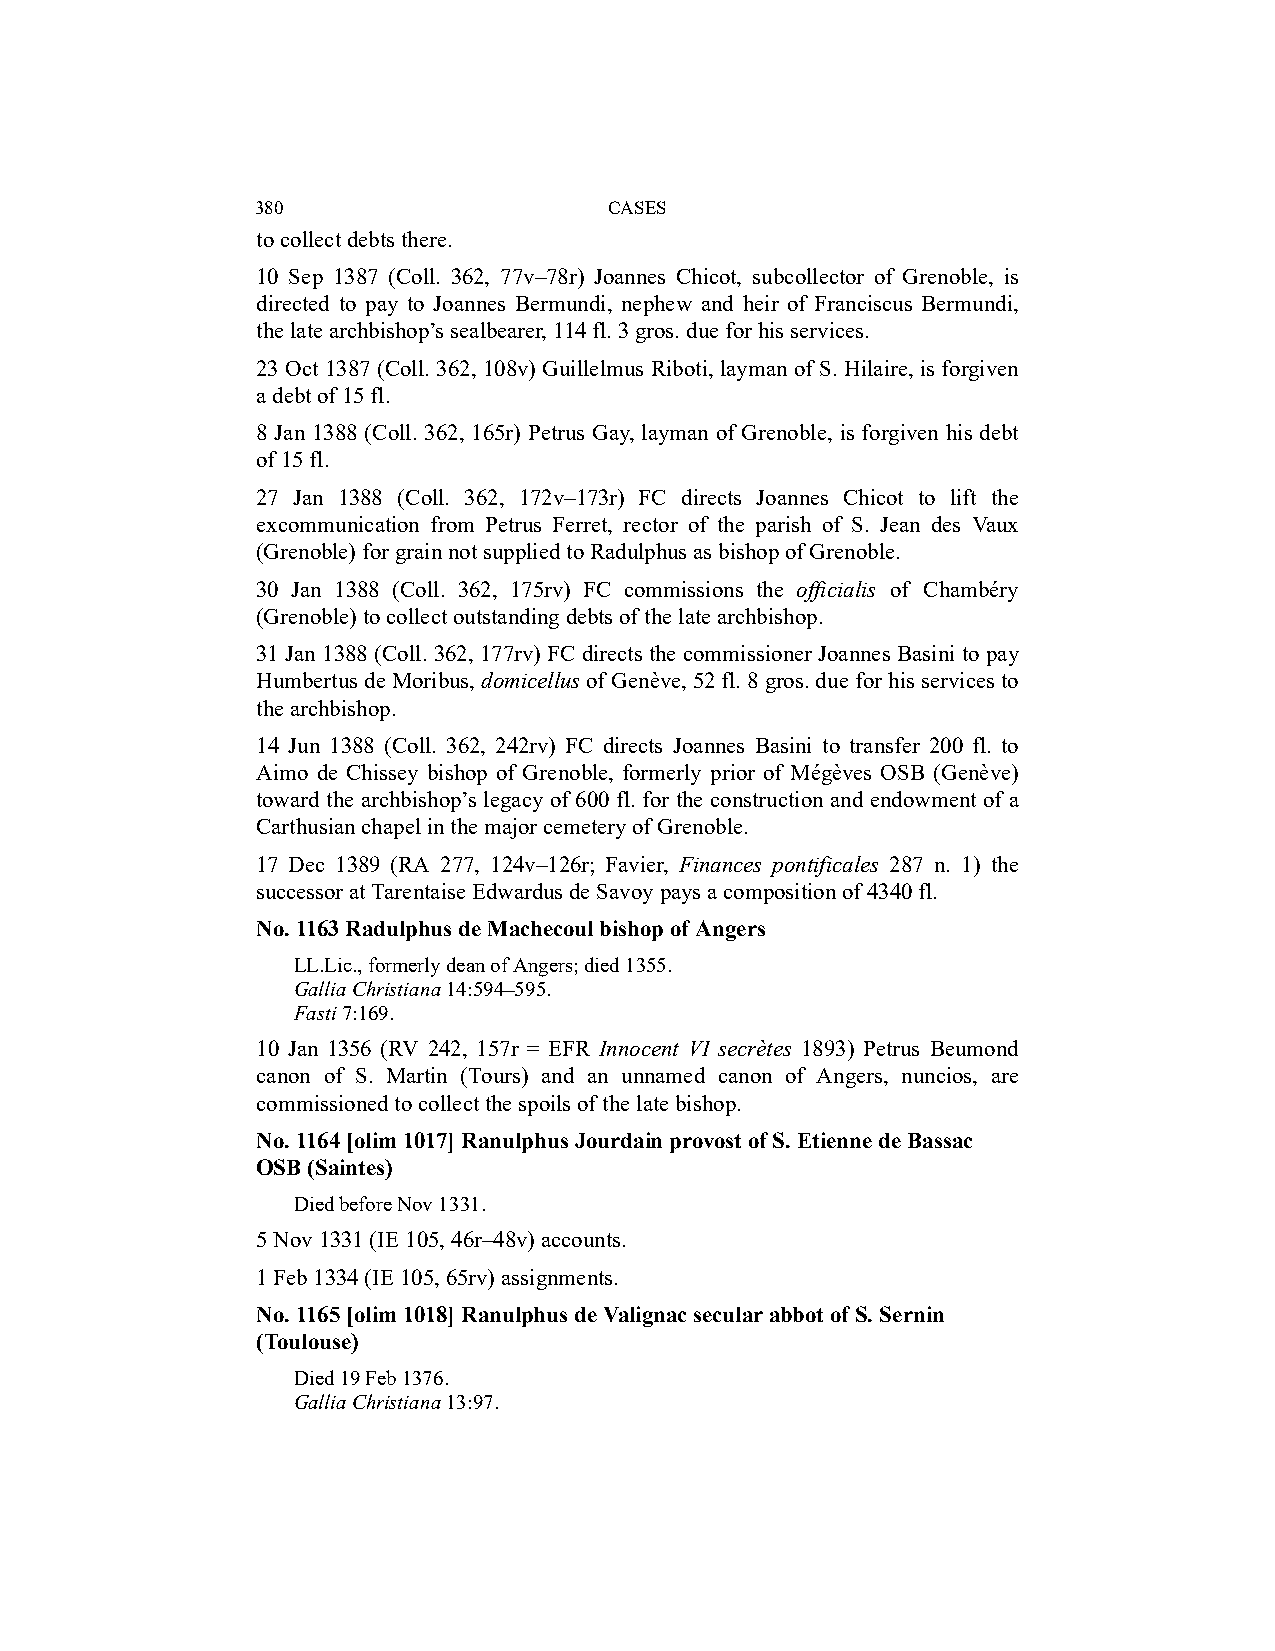
380                    CASES
 to collect debts there.
 10 Sep 1387 (Coll. 362, 77v–78r) Joannes Chicot, subcollector of Grenoble, is
 directed to pay to Joannes Bermundi, nephew and heir of Franciscus Bermundi,
 the late archbishop’s sealbearer, 114 fl. 3 gros. due for his services.
 23 Oct 1387 (Coll. 362, 108v) Guillelmus Riboti, layman of S. Hilaire, is forgiven
 a debt of 15 fl.
 8 Jan 1388 (Coll. 362, 165r) Petrus Gay, layman of Grenoble, is forgiven his debt
 of 15 fl.
 27 Jan 1388 (Coll. 362, 172v–173r) FC directs Joannes Chicot to lift the
 excommunication from Petrus Ferret, rector of the parish of S. Jean des Vaux
 (Grenoble) for grain not supplied to Radulphus as bishop of Grenoble.
 30 Jan 1388 (Coll. 362, 175rv) FC commissions the officialis of Chambéry
 (Grenoble) to collect outstanding debts of the late archbishop.
 31 Jan 1388 (Coll. 362, 177rv) FC directs the commissioner Joannes Basini to pay
 Humbertus de Moribus, domicellus of Genève, 52 fl. 8 gros. due for his services to
 the archbishop.
 14 Jun 1388 (Coll. 362, 242rv) FC directs Joannes Basini to transfer 200 fl. to
 Aimo de Chissey bishop of Grenoble, formerly prior of Mégèves OSB (Genève)
 toward the archbishop’s legacy of 600 fl. for the construction and endowment of a
 Carthusian chapel in the major cemetery of Grenoble.
 17 Dec 1389 (RA 277, 124v–126r; Favier, Finances pontificales 287 n. 1) the
 successor at Tarentaise Edwardus de Savoy pays a composition of 4340 fl.
 No. 1163 Radulphus de Machecoul bishop of Angers
 LL.Lic., formerly dean of Angers; died 1355.
 Gallia Christiana 14:594–595.
 Fasti 7:169.
 10 Jan 1356 (RV 242, 157r = EFR Innocent VI secrètes 1893) Petrus Beumond
 canon of S. Martin (Tours) and an unnamed canon of Angers, nuncios, are
 commissioned to collect the spoils of the late bishop.
 No. 1164 [olim 1017] Ranulphus Jourdain provost of S. Etienne de Bassac
 OSB (Saintes)
 Died before Nov 1331.
 5 Nov 1331 (IE 105, 46r–48v) accounts.
 1 Feb 1334 (IE 105, 65rv) assignments.
 No. 1165 [olim 1018] Ranulphus de Valignac secular abbot of S. Sernin
 (Toulouse)
 Died 19 Feb 1376.
 Gallia Christiana 13:97.